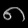
Digit: ၈